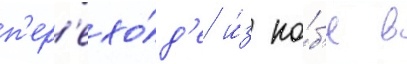
п'ер'ехо́д'е и́з ко́б'е в